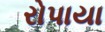
રોપાયા